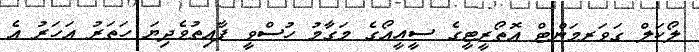
ލޯކަލް ގަވަރމަންޓް އޮތޯރީޓީގެ ސީއީއޯގެ މަގާމު ހުސްވީ ފާއިތުވެދިޔަ ހަތަރު އަހަރު އެ